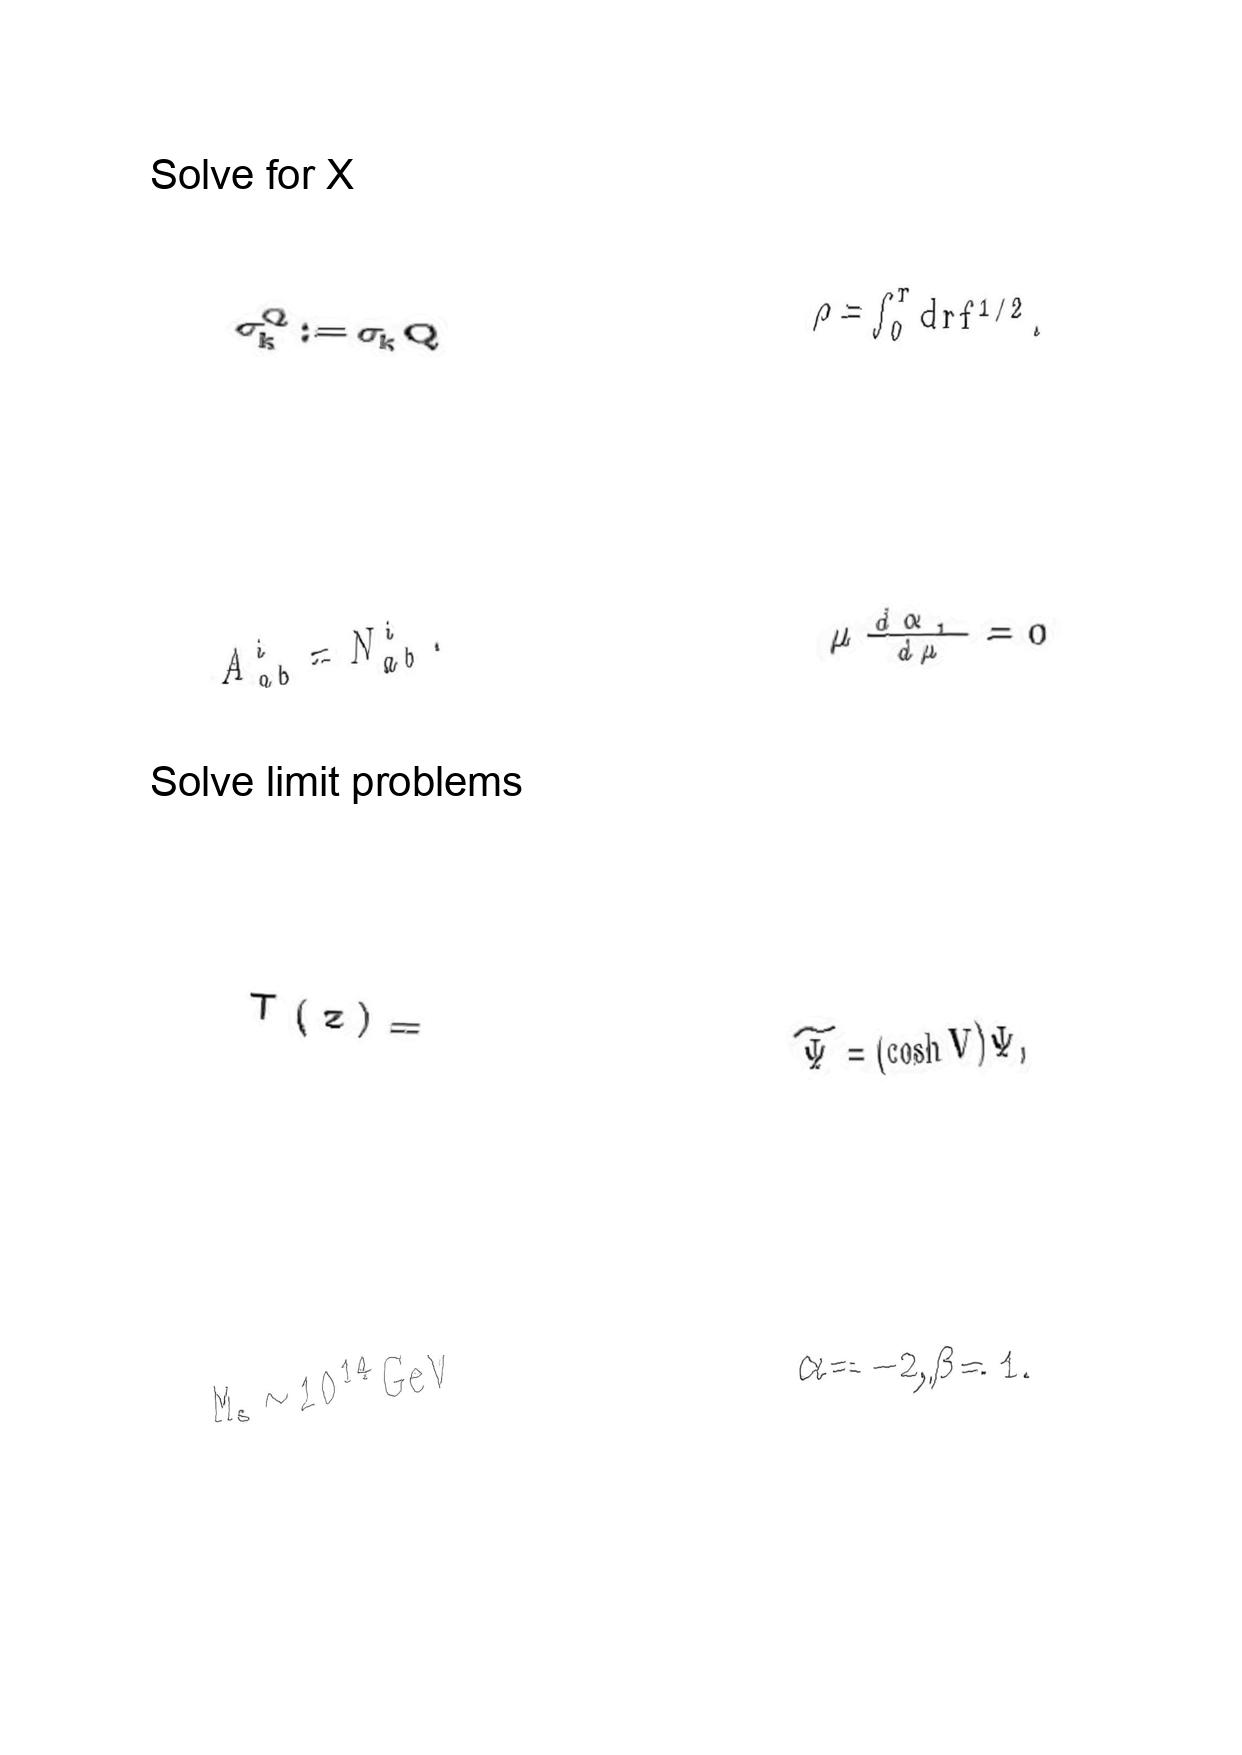
LaTeX transcription:
\sigma _ { k } ^ { Q } : = \sigma _ { k } Q
A _ { a b } ^ { i } = N _ { a b } ^ { i } .
T \lparen z \rparen =
M _ { s } \sim 1 0 ^ { 1 4 } \mathrm { G e V }
\rho = \int _ { 0 } ^ { r } d r f ^ { 1 / 2 } .
\mu \frac { d \alpha _ { 1 } } { d \mu } = 0
\tilde { \Psi } = \lparen \cosh V \rparen \Psi ,
\alpha = - 2 , \beta = 1 .